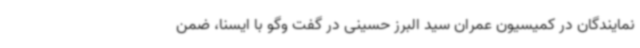
نمایندگان در کمیسیون عمران سید البرز حسینی در گفت وگو با ایسنا، ضمن